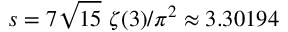
s = 7 \sqrt { 1 5 } ~ \zeta ( 3 ) / \pi ^ { 2 } \approx 3 . 3 0 1 9 4